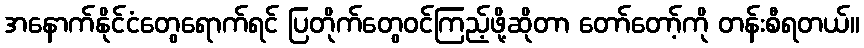
အနောက်နိုင်ငံတွေရောက်ရင် ပြတိုက်တွေဝင်ကြည့်ဖို့ဆိုတာ တော်တော့်ကို တန်းစီရတယ်။